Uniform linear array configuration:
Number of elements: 12
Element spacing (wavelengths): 0.75
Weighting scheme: cosine
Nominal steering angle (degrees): -15
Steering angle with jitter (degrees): -14.936
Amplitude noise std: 0.05
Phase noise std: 0.05

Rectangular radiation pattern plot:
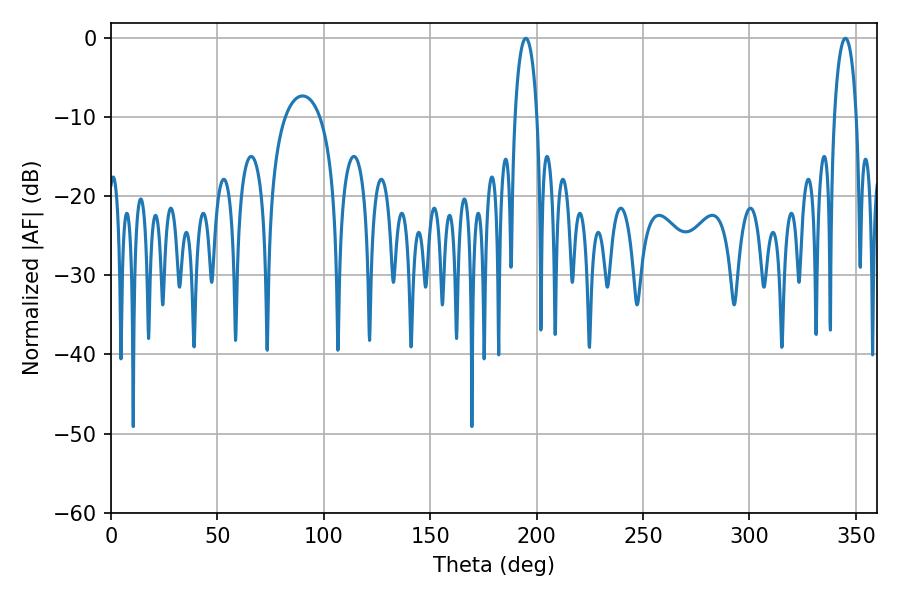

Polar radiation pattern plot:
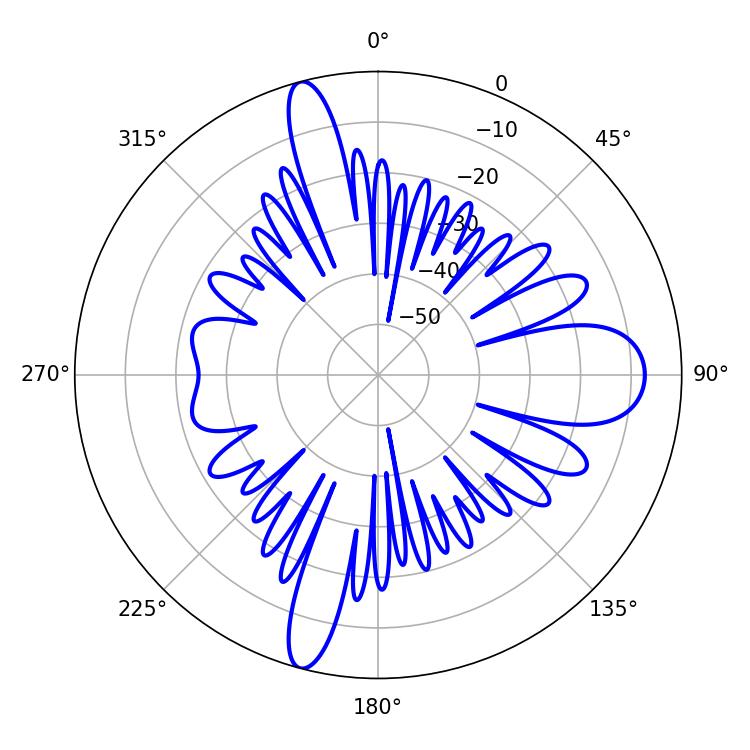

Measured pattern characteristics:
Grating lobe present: TRUE
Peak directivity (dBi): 29.829
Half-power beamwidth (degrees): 5.76
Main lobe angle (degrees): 194.94